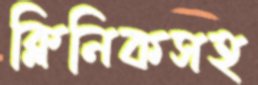
ক্লিনিকসহ